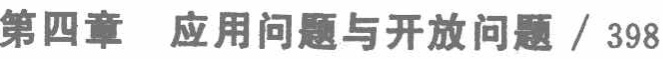
第四章 应用问题与开放问题 / 398